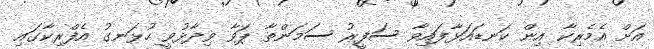
އަށް އެމެރިކާ އިން ކަނޑައަޅާފައިވާ ސަފީރު ސަމަންތާ ޕަވާ ވިދާޅުވީ ހުޅަނގު އެފްރިކާގައި